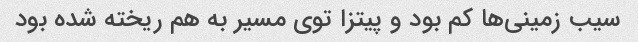
سیب زمینی‌ها کم بود و پیتزا توی مسیر به هم ریخته شده بود